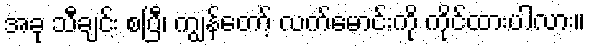
အခု သီချင်း စပြီ၊ ကျွန်တော့် လက်မောင်းကို ကိုင်ထားပါလား။